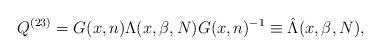
LaTeX: \begin{align*} Q^{(23)}= G(x,n) \Lambda(x, \beta, N)G(x,n)^{-1}\equiv \hat{\Lambda}(x, \beta, N),\end{align*}